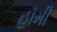
હૉમી